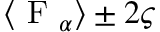
\langle \mathrm { ~ F ~ } _ { \alpha } \rangle \pm 2 \varsigma